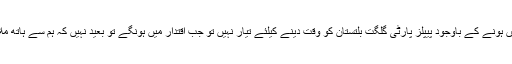
انہوں نے کہا کہ اپوزیشن میں ہونے کے باوجود پیپلز پارٹی گلگت بلتستان کو وقت دینے کیلئے تیار نہیں تو جب اقتدار میں ہونگے تو بعید نہیں کہ ہم سے ہاتھ ملانے کو بھی تیار نہ ہونگے۔